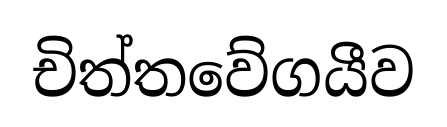
චිත්තවේගයීව